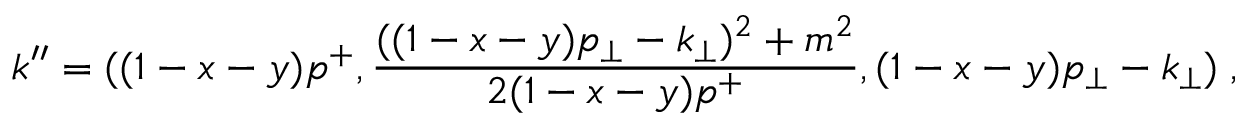
k ^ { \prime \prime } = ( ( 1 - x - y ) p ^ { + } , { \frac { ( ( 1 - x - y ) p _ { \perp } - k _ { \perp } ) ^ { 2 } + m ^ { 2 } } { 2 ( 1 - x - y ) p ^ { + } } } , ( 1 - x - y ) p _ { \perp } - k _ { \perp } ) \; ,